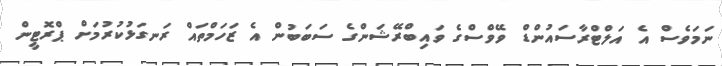
ނަމަވެސް އެ އަލްޓްރާސައުންޑް ވޭވްސްގެ ވައިބްރޭޝަންގެ ސަބަބުން އެ ޒަހަމްތައް ރަނގަޅުކުރުމަށް ޕްރޮޓީން